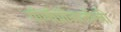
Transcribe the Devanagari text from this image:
गॉणॉप्रॉजातॉन्त्री